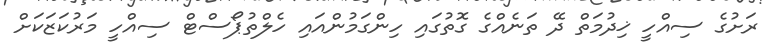
ރަށުގެ ސިއްހީ ޚިދުމަތް ދޭ ތަނެއްގެ ގޮތުގައި ހިންގަމުންއައި ހެލްތުޕޯސްޓް ސިއްހީ މަރުކަޒަކަށް